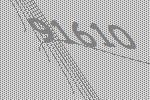
91610